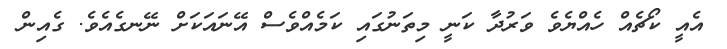
އެއީ ކޯޗެއް ހެއްޔެވެ ވަރުދާ ކަނީ މިތަނުގައި ކަމެއްވެސް އޭނައަކަށް ނޭނގެއެވެ. ގެއިން